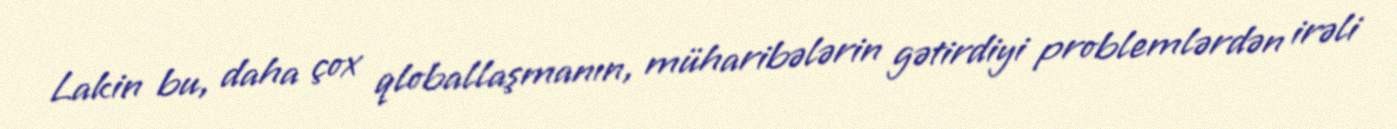
Lakin bu, daha çox qloballaşmanın, müharibələrin gətirdiyi problemlərdən irəli